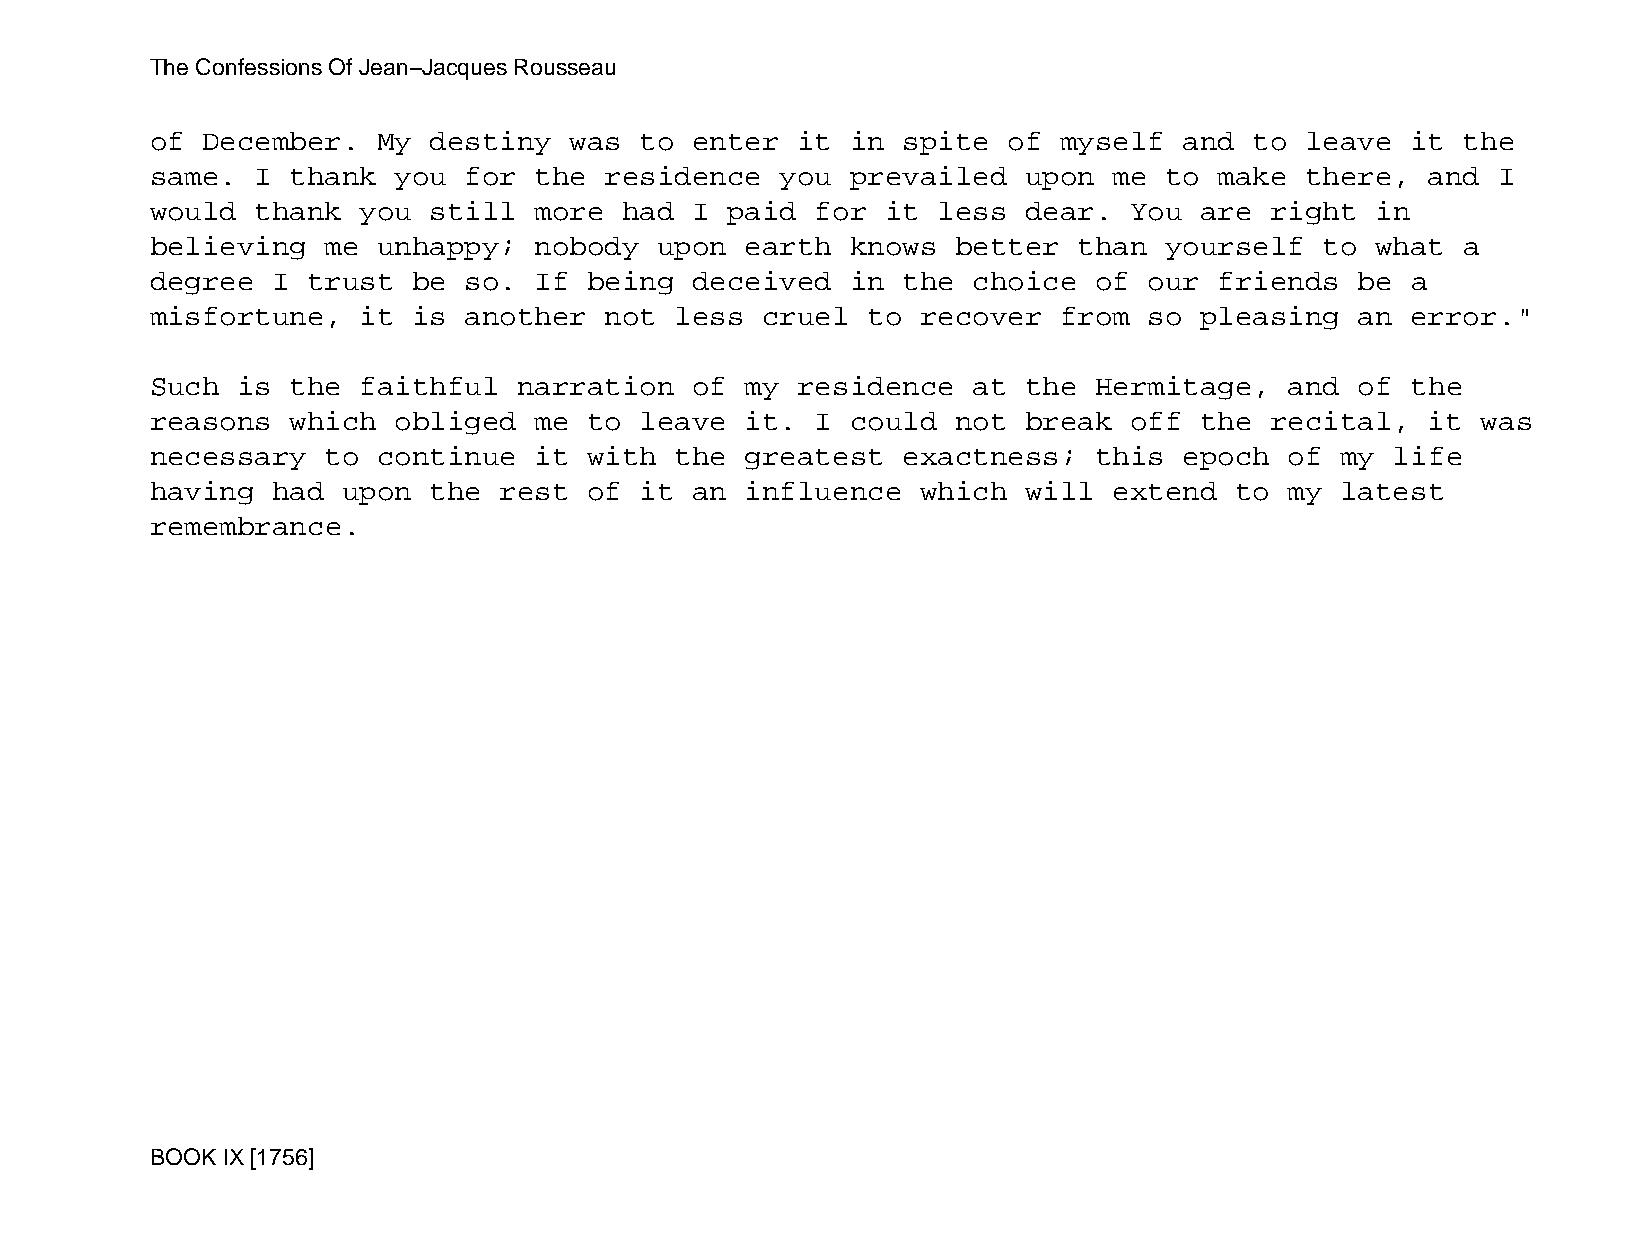
The Confessions Of Jean−Jacques Rousseau
 of December.   My destiny   was to  enter  it in  spite  of myself  and  to leave  it  the
 same.  I thank  you  for the  residence   you prevailed   upon  me to  make there,   and I
 would  thank  you still  more  had  I paid  for  it less  dear.  You are  right  in
 believing   me unhappy;  nobody   upon earth  knows  better  than  yourself   to what  a
 degree  I trust  be  so. If  being  deceived  in  the choice  of  our  friends  be a
 misfortune,   it is  another  not  less cruel  to  recover  from  so pleasing   an error."
 Such  is the  faithful  narration   of my  residence  at  the Hermitage,   and  of the
 reasons  which  obliged  me  to leave  it.  I could  not  break  off the  recital,   it was
 necessary   to continue  it  with  the greatest   exactness;  this  epoch  of  my life
 having  had  upon the  rest  of it  an influence   which  will  extend  to my  latest
 remembrance.
 BOOK IX [1756]